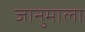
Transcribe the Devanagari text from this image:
जानुमाला